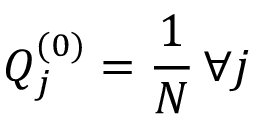
Q _ { j } ^ { ( 0 ) } = \frac { 1 } { N } \thinspace \forall j